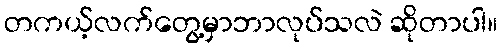
တကယ့်လက်တွေ့မှာဘာလုပ်သလဲ ဆိုတာပါ။